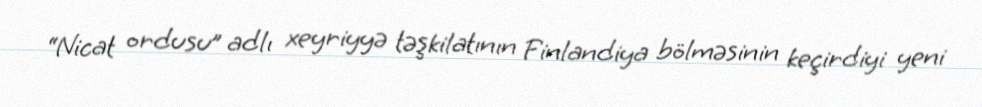
“Nicat ordusu” adlı xeyriyyə təşkilatının Finlandiya bölməsinin keçirdiyi yeni